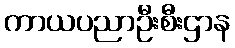
ကာယပညာဦးစီးဌာန